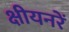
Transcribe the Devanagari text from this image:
क्षीयनरें